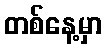
တစ်နေ့မှာ